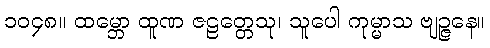
၁၀၄၈။ ထမ္ဘော ထူဏ ဇဠတ္တေသု၊ သူပေါ ကုမ္မာသ ဗျဉ္ဇနေ။